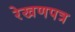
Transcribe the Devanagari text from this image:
रेखणपत्र